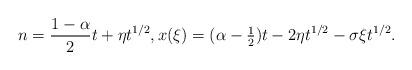
LaTeX: \begin{align*}n=\frac{1-\alpha}{2}t+\eta t^{1/2},x(\xi)=(\alpha-\tfrac12)t-2\eta t^{1/2}-\sigma \xi t^{1/2}.\end{align*}